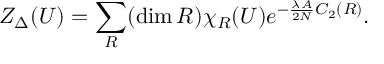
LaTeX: { \cal Z } _ { \Delta } ( U ) = \sum _ { R } ( \dim R ) \chi _ { R } ( U ) e ^ { - \frac { \lambda A } { 2 N } C _ { 2 } ( R ) } .